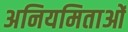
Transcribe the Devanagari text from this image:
अनियमिताओं